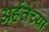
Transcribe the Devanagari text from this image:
अर्हतेच्या